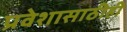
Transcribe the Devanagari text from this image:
प्रवेशासाठीही